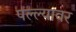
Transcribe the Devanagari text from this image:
पल्ल्यावर